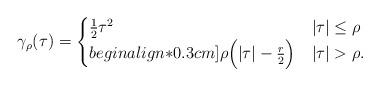
LaTeX: \begin{align*}\gamma_\rho (\tau ) = \begin{cases}\frac{1}{2}\tau^2 & | \tau | \le \rho \\begin{align*}0.3cm]\rho \Big(| \tau| - \frac{r}{2}\Big) & | \tau | > \rho . \end{cases}\end{align*}